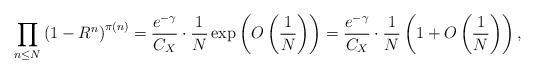
LaTeX: \begin{align*}\prod_{n \le N} \left( 1-R^{n} \right)^{\pi(n)} = \dfrac{e^{-\gamma}}{C_{X}} \cdot \dfrac{1}{N} \exp \left( O \left( \dfrac{1}{N} \right) \right)= \dfrac{e^{-\gamma}}{C_{X}} \cdot \dfrac{1}{N} \left( 1+ O \left( \dfrac{1}{N} \right) \right), \end{align*}